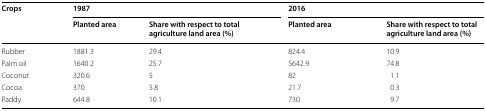
| <ROWSPAN=2> Crops | <COLSPAN=2> 1987 | <COLSPAN=2> 2016 |
 | Planted area | Share with respect to total agriculture land area (%) | Planted area | Share with respect to total agriculture land area (%) |
 | --- | --- | --- | --- | --- |
 | Rubber | 1881.3 | 29.4 | 824.4 | 10.9 |
 | Palm oil | 1640.2 | 25.7 | 5642.9 | 74.8 |
 | Coconut | 320.6 | 5 | 82 | 1.1 |
 | Cocoa | 370 | 5.8 | 21.7 | 0.3 |
 | Paddy | 644.8 | 10.1 | 730 | 9.7 |